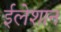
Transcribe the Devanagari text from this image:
ईलेशान